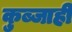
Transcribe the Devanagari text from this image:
कुब्जाही